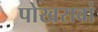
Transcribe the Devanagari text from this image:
पोखरावां